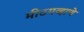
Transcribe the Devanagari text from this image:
मीठगव्हाणे